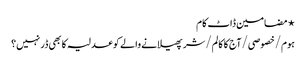
⋆ مضامین ڈاٹ کام
ہوم/خصوصی/آج کا کالم/شر پھیلانے والے کو عدلیہ کا بھی ڈر نہیں؟